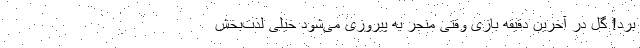
بُرد! گل در آخرین دقیقه بازی وقتی منجر به پیروزی می‌شود خیلی لذت‌بخش